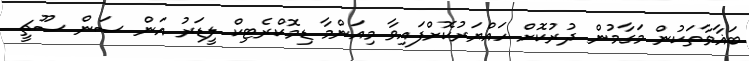
ބަޣާވާތަކުން މަގާމުން ދުރުކޮށް ހައްޔަރުކޮށްފައިވާ މިއަންމާ ޑިމޮކްރެޓިކް ލީޑަރު އަން ސަން ސޫޗީ